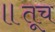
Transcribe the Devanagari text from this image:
॥तूच